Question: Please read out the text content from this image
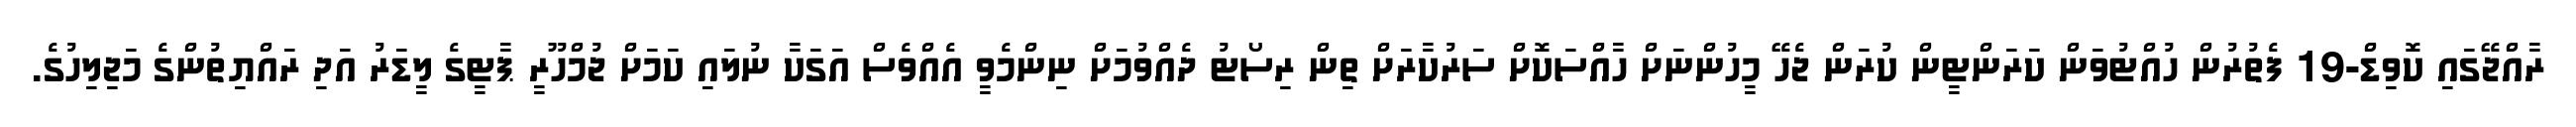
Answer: ރާއްޖޭގައި ކޮވިޑް-19 ފެތުރުން ހުއްޓުވަން ކަރަންޓީން ކުރަން ޖެހޭ މީހުންނަށް ހާއްސަކޮށް ސަރުކާރަށް ތިން ރިސޯޓު ދެއްވުމަށް ނިންމެވީ އެއްވެސް އަގަކާ ނުލައި ކަމަށް ޖުމްހޫރީ ޕާޓީގެ ލީޑަރު އަދި ރައްޔިތުންގެ މަޖިލިހުގެ.